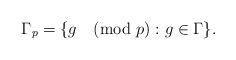
LaTeX: \begin{align*}\Gamma_p =\{g \pmod{p}: g \in \Gamma\}.\end{align*}